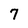
Character: 7